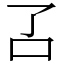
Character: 叾